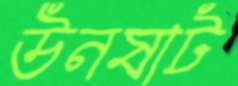
উনষাট